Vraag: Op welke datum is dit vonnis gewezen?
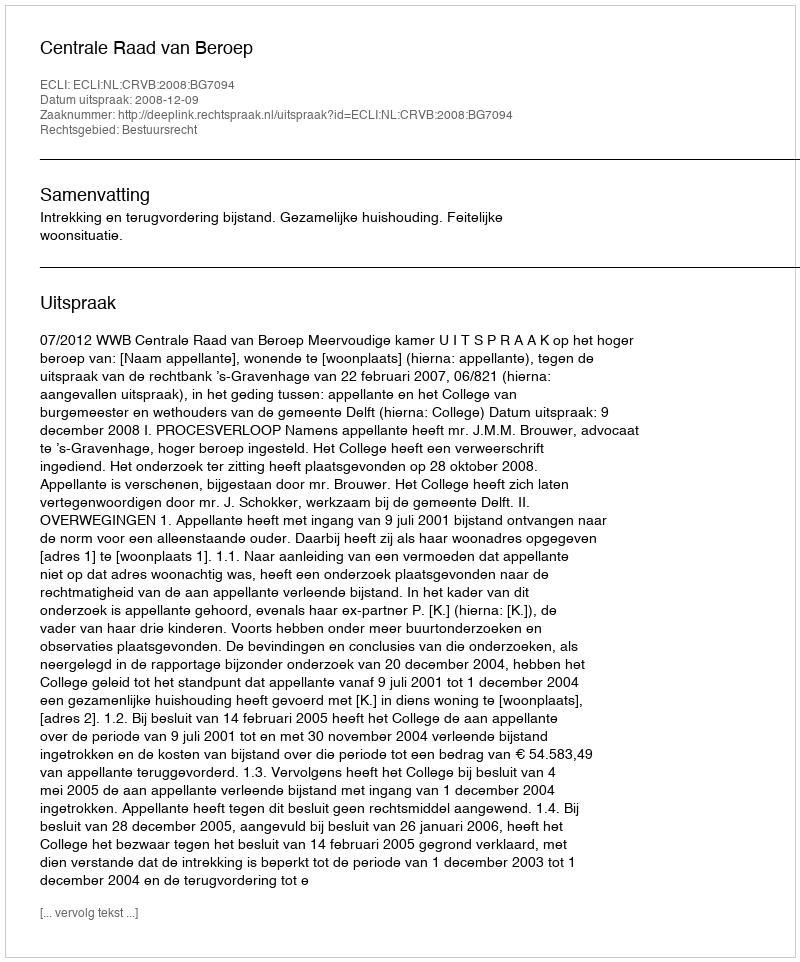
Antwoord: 2008-12-09